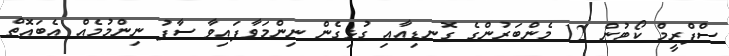
ސްޕްރީމް ކޯޓުން 12 މެންބަރުންގެ ގޮނޑިއާއި ގުޅިގެން ނިންމަވާފައިވާ ސާފު ނިންމުމެއް އެބައޮތް